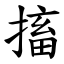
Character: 搐